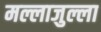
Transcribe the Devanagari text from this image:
मल्लाजुल्ला